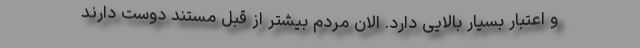
و اعتبار بسیار بالایی دارد. الان مردم بیشتر از قبل مستند دوست دارند